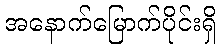
အနောက်မြောက်ပိုင်းရှိ